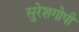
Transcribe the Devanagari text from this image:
सुरेशगोपी